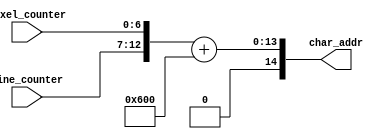
`timescale 1ns / 1ps
//////////////////////////////////////////////////////////////////////////////////
// Company: 
// Engineer: 
// 
// Design Name: 
// Module Name:    compute_char_addr 
// Project Name: 
// Target Devices: 
// Tool versions: 
// Description: 
//
// Dependencies: 
//
// Revision: 
// Revision 0.01 - File Created
// Additional Comments: 
//
//////////////////////////////////////////////////////////////////////////////////
module Compute_Char_Addr(
	input [6:0] pixel_counter,
	input [5:0] line_counter,
	output [14:0] char_addr
    );
	 
	parameter CHAR_OFFSET = 11'h600;
	
	assign char_addr = {2'd0, line_counter, pixel_counter} + CHAR_OFFSET;

endmodule